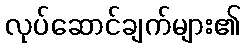
လုပ်ဆောင်ချက်များ၏